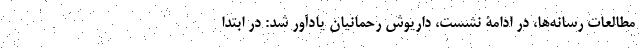
مطالعات رسانه‌ها، در ادامۀ نشست، داریوش رحمانیان یادآور شد: در ابتدا